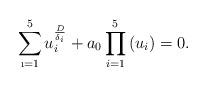
LaTeX: \begin{align*}\sum_{\i =1}^{5}u_{i }^{\frac{D}{\delta _{i }}}+a_{0}\prod_{i=1}^{5}\left( u_{i }\right) =0.\end{align*}